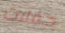
حفلات